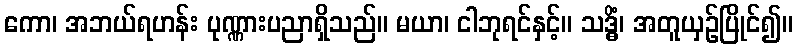
ကော၊ အဘယ်ရဟန်း ပုဏ္ဏားပညာရှိသည်။ မယာ၊ ငါဘုရင်နှင့်။ သဒ္ဓိံ၊ အတူယှဉ်ပြိုင်၍။